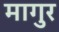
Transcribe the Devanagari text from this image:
मागुर